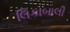
લિકાબાલી